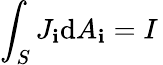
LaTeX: \int_{S}J_{\mathbf{i}}\mathrm{{d}}A_{\mathbf{i}}=I\,